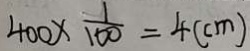
4 0 0 \times \frac { 1 } { 1 0 0 } = 4 ( c m )